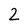
Character: 2